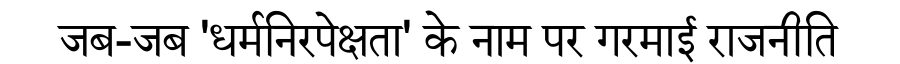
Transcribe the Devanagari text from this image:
जब-जब 'धर्मनिरपेक्षता' के नाम पर गरमाई राजनीति